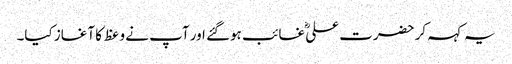
یہ کہہ کر حضرت علیؓ غائب ہوگئے اور آپ نے وعظ کا آغاز کیا۔